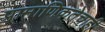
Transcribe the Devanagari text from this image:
प्रामाणिकतेचाही